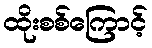
ထိုးစစ်ကြောင့်